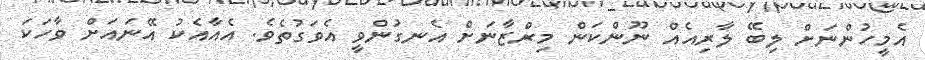
އެމީހުންނަށް ލިބޭ ލާރިއެއް ނޫންކަން މިރްޒާނަށް އެނގުންވީ އެވަގުތެވެ. އެއާއެކު އޭނައަށް ވާހަކަ